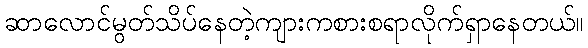
ဆာလောင်မွတ်သိပ်နေတဲ့ကျားကစားစရာလိုက်ရှာနေတယ်။